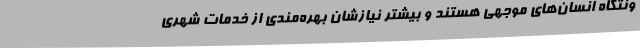
ونتگاه انسان‌های موجهی هستند و بیشتر نیازشان بهره‌مندی از خدمات شهری